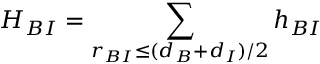
H _ { B I } = \sum _ { r _ { B I } \leq ( d _ { B } + d _ { I } ) / 2 } h _ { B I }